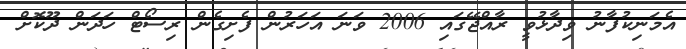
އެމަނިކުފާނު ވިދާޅުވީ ރާއްޖޭގައި 2006 ވަނަ އަހަރުން ފެށިގެން ރިސޯޓް ހަދަން ދޫކޮށް